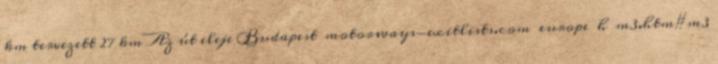
km tervezett 27 km Az út eleje Budapest motorways-exitlists.com europe h m3.htm#m3